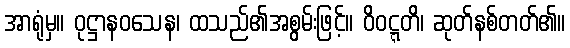
အာရုံမှ။ ဝုဋ္ဌာနဝသေန၊ ထသည်၏အစွမ်းဖြင့်။ ဝိဝဋ္ဋတိ၊ ဆုတ်နစ်တတ်၏။